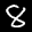
Label: 8